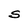
Character: S